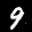
Label: 9